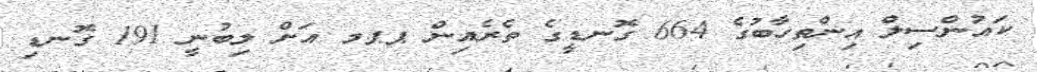
ކައުންސިލް އިންތިހާބުގެ 664 ގޮނޑީގެ ތެރެއިން ޕޕމ އަށް ލިބުނީ 191 ގޮނޑި